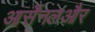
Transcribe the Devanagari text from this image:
आर्सेनलऔर